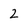
Character: 2